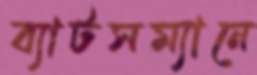
ব্যাটসম্যানে